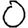
Digit: 0